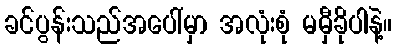
ခင်ပွန်းသည်အပေါ်မှာ အလုံးစုံ မမှီခိုပါနဲ့။